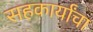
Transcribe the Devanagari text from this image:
सहकार्यांचा